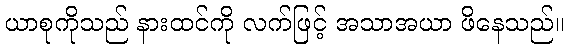
ယာစုကိုသည် နားထင်ကို လက်ဖြင့် အသာအယာ ဖိနေသည်။